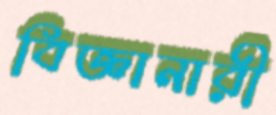
বিজ্ঞানারী